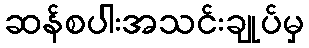
ဆန်စပါးအသင်းချုပ်မှ